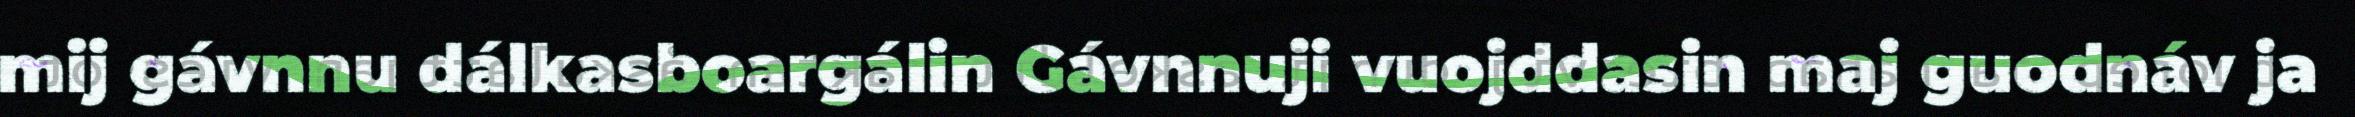
mij gávnnu dálkasboargálin Gávnnuji vuojddasin maj guodnáv ja